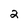
Character: 2